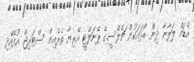
އެޑަމް ލަލާނާ ދިން ބޯޅައަކުން ޗެލްސީގެ ޕެނަލްޓީ އޭރިޔާ ތެރެއިން ސްޓަރިޖް އުފެއްދި